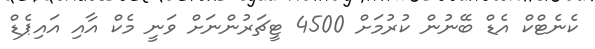
ކެނެޓްކް އެޑް ބޭނުން ކުރުމަށް 4500 ޓީޗަރުންނަށް ވަނީ މެކް އާއި އައިޕެޑް